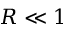
R \ll 1